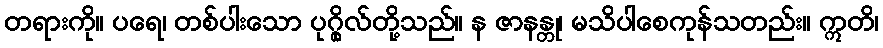
တရားကို။ ပရေ၊ တစ်ပါးသော ပုဂ္ဂိုလ်တို့သည်။ န ဇာနန္တု၊ မသိပါစေကုန်သတည်း။ ဣတိ၊